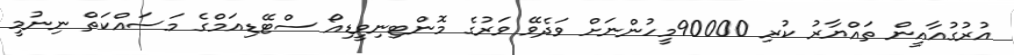
އުރުގުއާއީން ތައްޔާރު ކުރި 90000މީހުންނަށް ވަދެވޭ ވަރުގެ މޮންޓިނިވީޑިއޯ ސްޓޭޑިއަމްގެ މަސައްކަތް ނިނުމީ